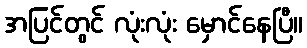
အပြင်တွင် လုံးလုံး မှောင်နေပြီ။